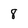
Character: 8